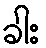
ခါး